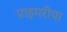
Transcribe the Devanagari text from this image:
प्राइमरीया